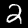
Label: 2